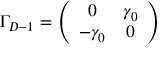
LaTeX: \Gamma _ { D - 1 } = \left( \begin{array} { c c } { { 0 } } & { { \gamma _ { 0 } } } \\ { { - \gamma _ { 0 } } } & { { 0 } } \end{array} \right)